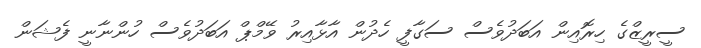
ސީރީޒްގެ ހިރޮއިން އަބަދުވެސް ސަގާފީ ހެދުން އާޅާއިރު ވޭމްޕް އަަބަދުވެސް ހުންނާނީ ފެޝަން